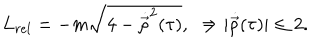
LaTeX: L _ { r e l } = - m \sqrt { 4 - \dot { \vec { \rho } } ^ { 2 } ( \tau ) } , \, \, \, \Rightarrow | { \dot { \vec { \rho } } } ( \tau ) | \leq 2 .